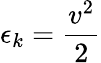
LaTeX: \epsilon_{k}={\frac{v^{2}}{2}}